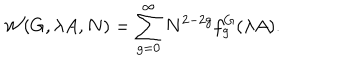
LaTeX: { \cal W } ( G , \lambda A , N ) = \sum _ { g = 0 } ^ { \infty } N ^ { 2 - 2 g } f _ { g } ^ { G } ( \lambda A ) .